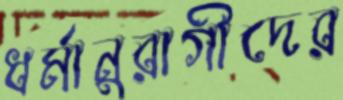
ধর্মানুরাগীদের